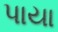
પાયા